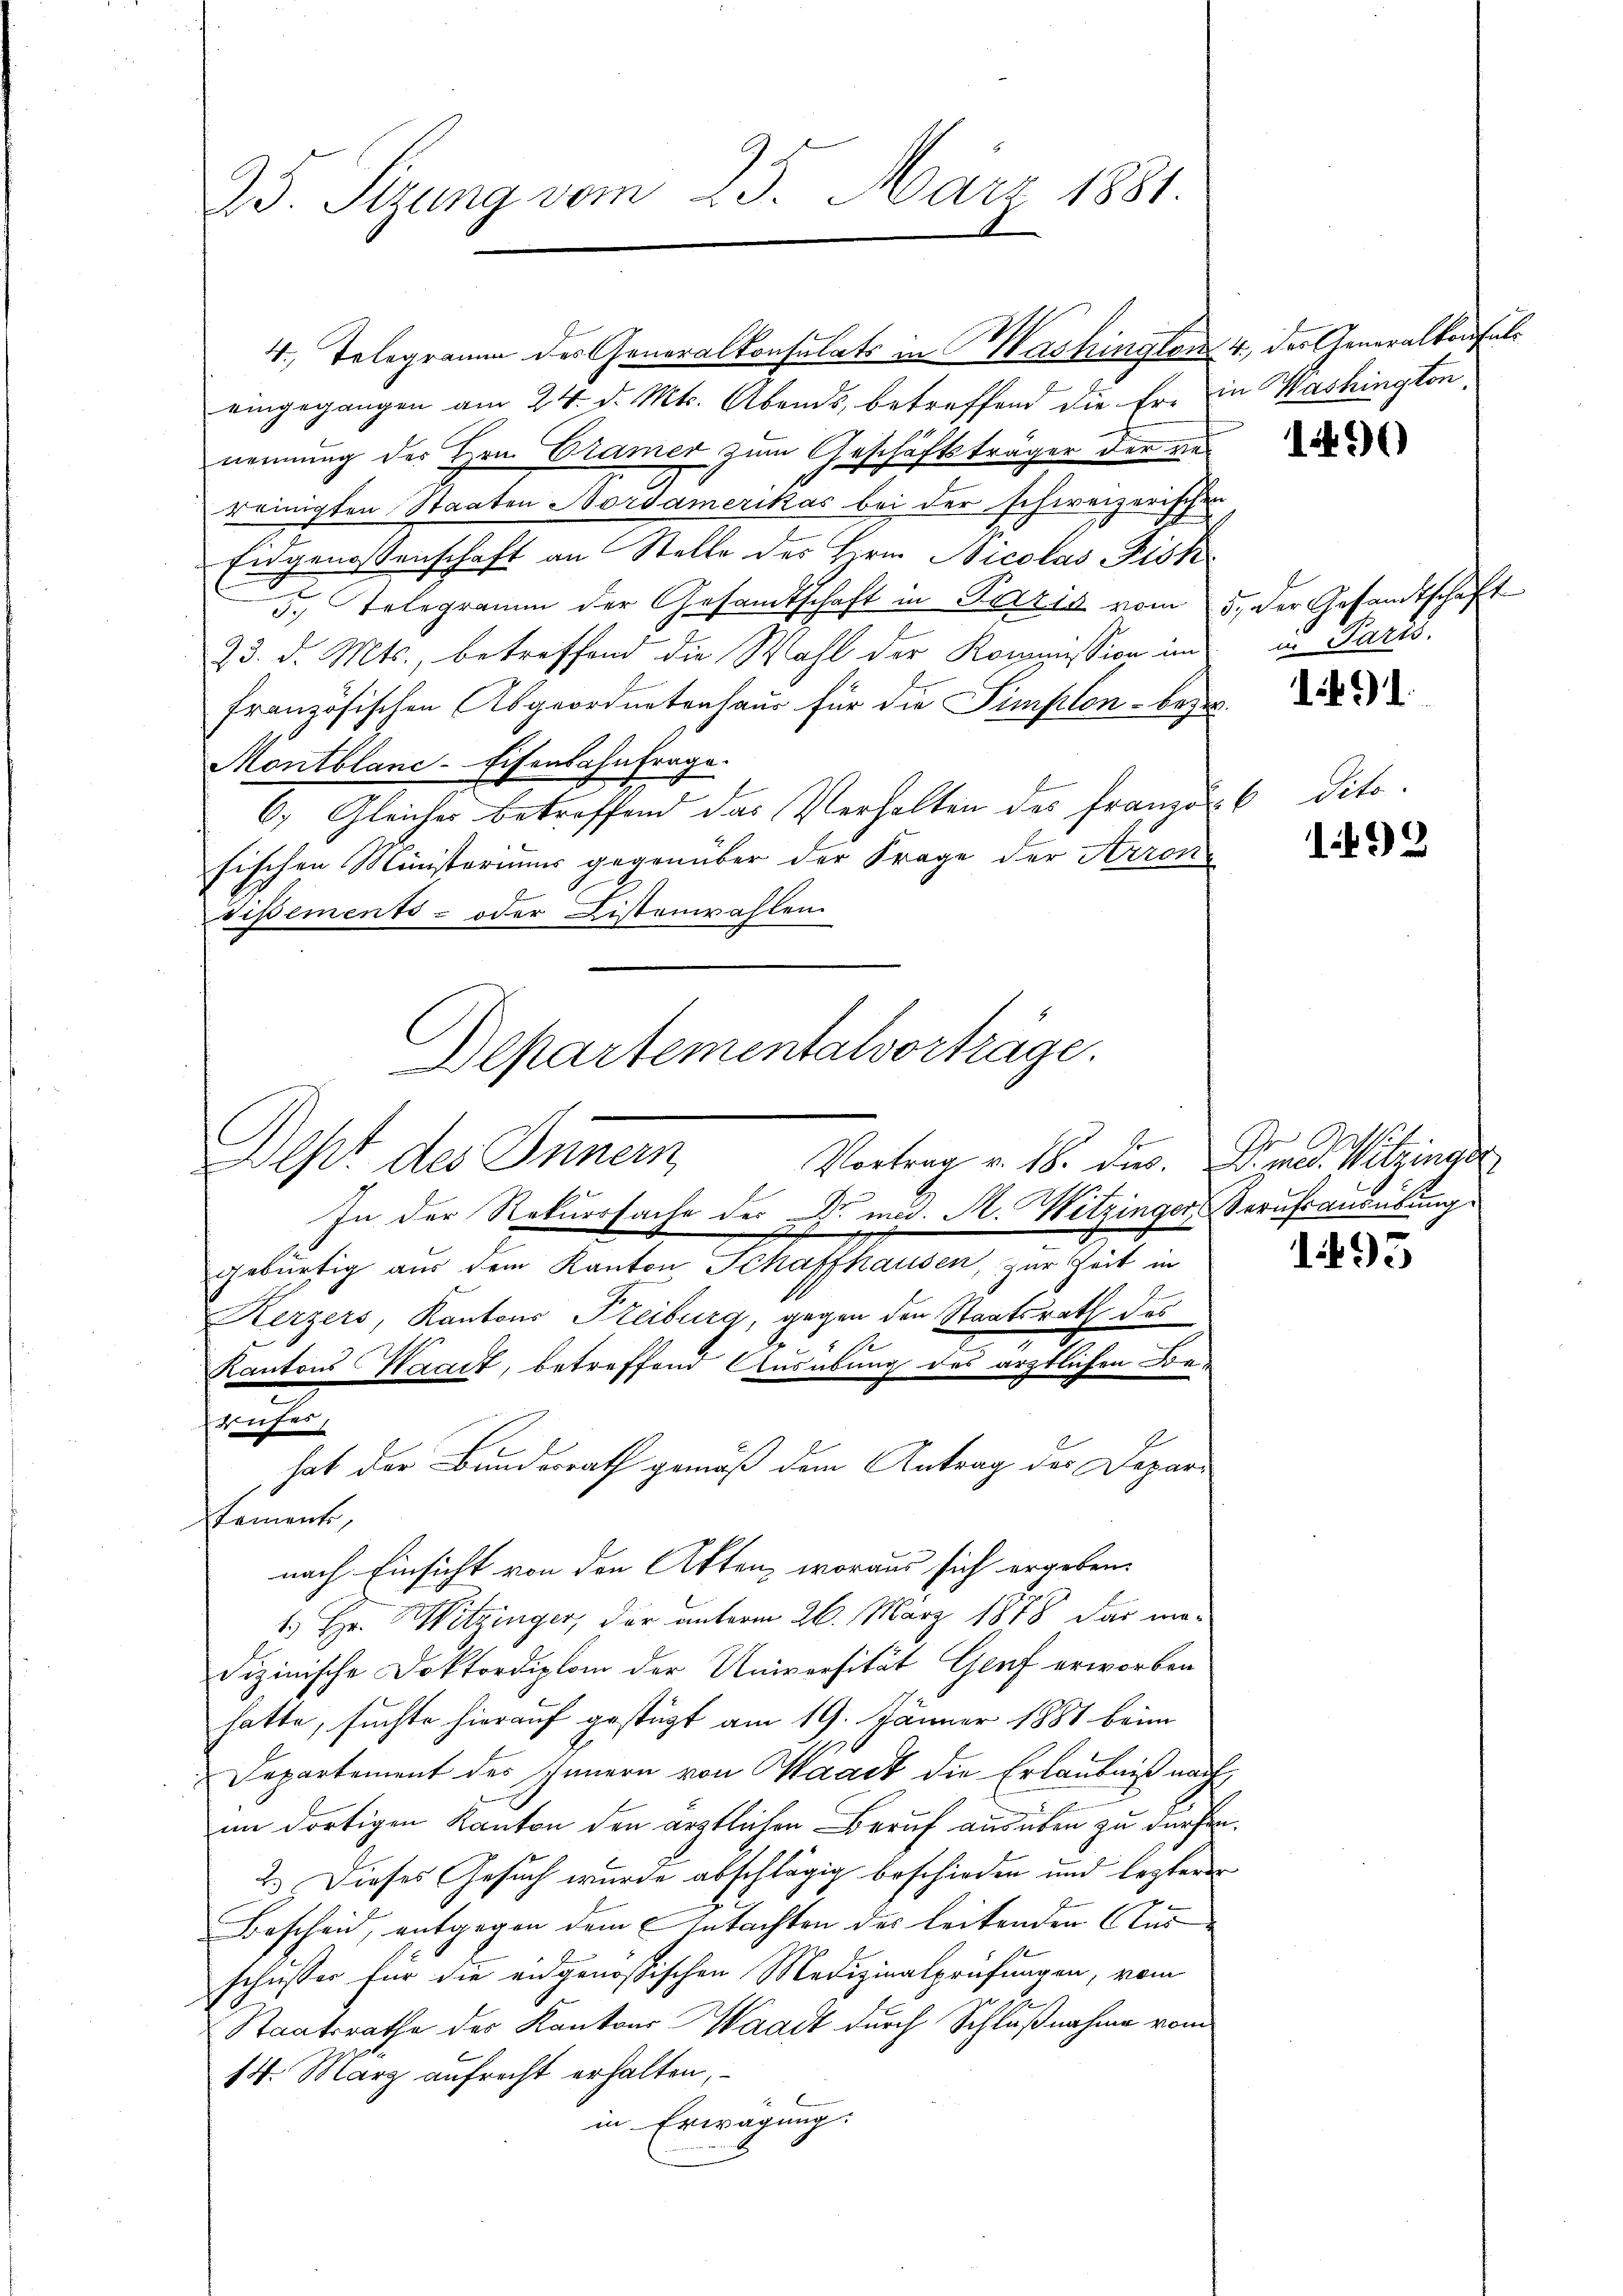
25. Sitzung vom 25. März 1881.

4, Telegramm des Generalkonsulats in Mashington 4. der Generalkonsuls
eingegangen am 24. d. Mts. Abends, betreffend die Er in Washingtonnennung des Hrn. Cramer zum Geschäftsträger der rereinigten Staaten Nordamerikas bei der schweizerischen
Eidgenossenschaft an Stelle des Hrn. Bicolas Fisk
3.) Telegramm der Gesamtschaft in Paris vom 5. der Gesandtschaft
23. d. Mts., betreffend die Wahl der Kommission im
französischen Abgeordnetenhaus für die Simplon - beze
Montblanc-Eisenbahnfrage.
6. Gleicher betreffend das Verhalten des Französ. 6 dito.
fischen Ministeriums gegenüber der Frage der Arron
Tißements- oder Listenwahlen
In der Rekurssache der Dr. med. A. Witzinger Berufsausübung
gebürtig aus dem Kanton Schaffhausen, zur Zeit in
Kerzers, Kantons Freiburg, gegen den Staatsrath des
.
Kantons Waadt, betreffend Ausübung des ärztlichen Bei-
m
hat der Bundesrath gemäß dem Antrag des Departement,
nach Einsicht von den Akten, woraus sich ergebene
1. Hr. Witzinger, der unterm 26. März 1878 das me-
dizinische Doktordiplom der Universität Genf erworben
hatte, suchte hierauf gestüzt am 19. Jänner 1887 beim
Departement des Innern von Waadt die Erlaubniß nach
im dortigen Kanton den ärztlichen Beruf ausüben zu dürfen.
2.) Dieses Gesuch wurde abschlägig beschieden und lezterer
Bescheid, entgegen dem Gutachten des leitenden Aus
schusser für die eidgenössischen Medizinalprüfungen, vom
Staatsrathe des Kantons Waadt durch Schlußnahme vom
14. März aufrecht erhalten,
in Erwägung:

Dept des Innern
Vortrag v. 18. dies. Bied. Witzinge

Departementalvorträge.

1490

u Paris.

1491.

1492

195